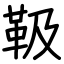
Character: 靸